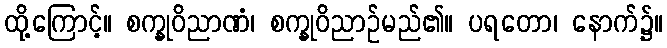
ထို့ကြောင့်။ စက္ခုဝိညာဏံ၊ စက္ခုဝိညာဉ်မည်၏။ ပရတော၊ နောက်၌။